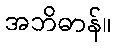
အဘိဓာန်။